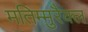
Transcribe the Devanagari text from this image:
मतिम्मुरैक्ल